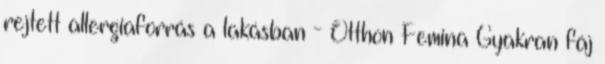
rejtett allergiaforrás a lakásban - Otthon Femina Gyakran fáj